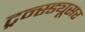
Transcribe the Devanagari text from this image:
ट्रन्स्ड्यूसर